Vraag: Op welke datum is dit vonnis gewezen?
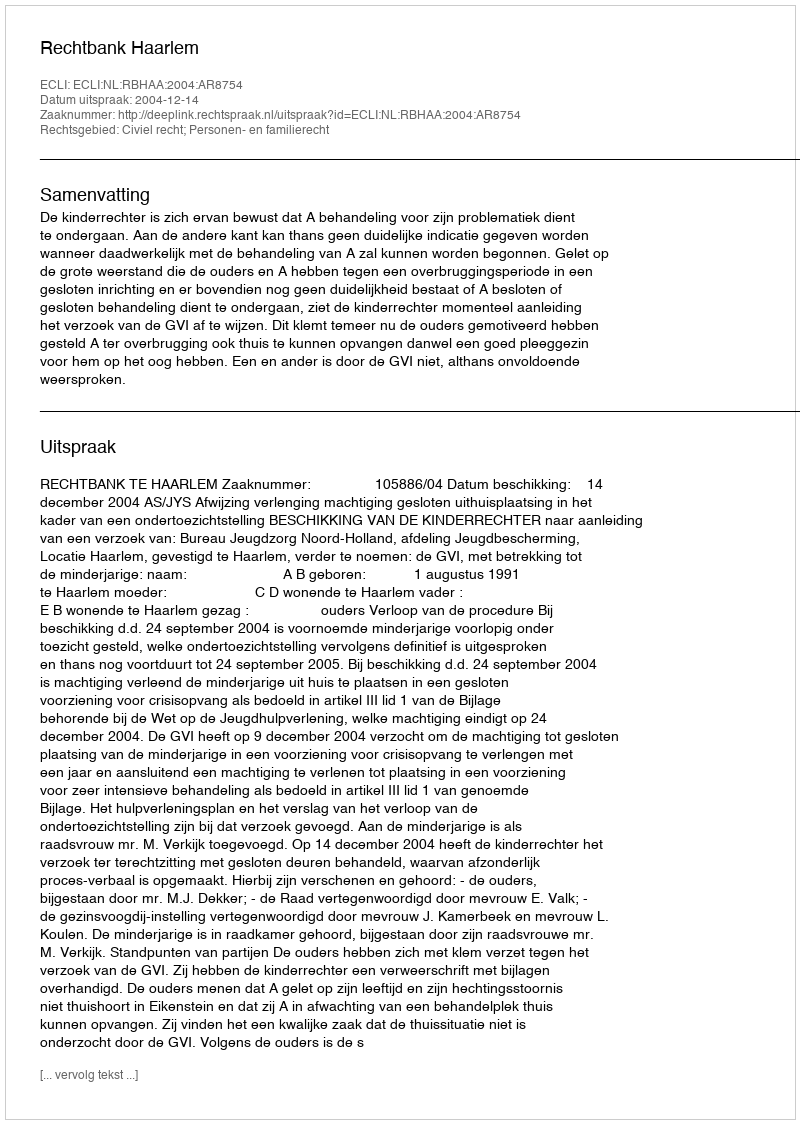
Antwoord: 2004-12-14